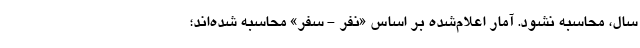
سال، محاسبه نشود. آمار اعلام‌شده بر اساس «نفر - سفر» محاسبه شده‌اند؛